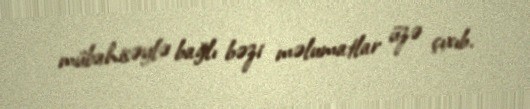
mübahisəylə bağlı bəzi məlumatlar üzə çıxıb.